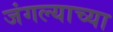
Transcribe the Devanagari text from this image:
जंगल्याच्या